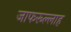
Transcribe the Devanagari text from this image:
जाफरूल्लाह